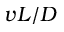
v L / D